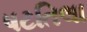
ષટતિલા